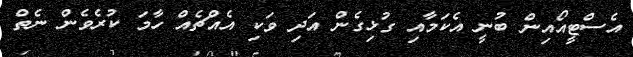
އެސްޓީއޯއިން ބުނީ އެކަމާއި ގުޅިގެން އަދި ވަކި އެއްޗެއް ހާމަ ކުރެވެން ނެތް